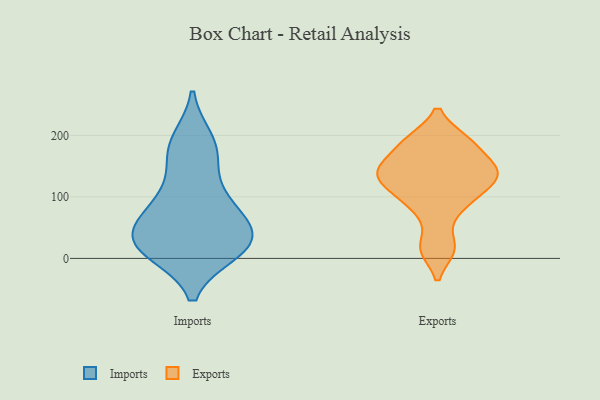
{"axis": {"x": "Waste Production (Tons)", "y": "Value"}, "legend": ["Exports", "Imports"], "data": [{"x": "", "y": 96, "type": "Imports"}, {"x": "", "y": 31, "type": "Imports"}, {"x": "", "y": 13, "type": "Imports"}, {"x": "", "y": 87, "type": "Imports"}, {"x": "", "y": 177, "type": "Imports"}, {"x": "", "y": 21, "type": "Imports"}, {"x": "", "y": 16, "type": "Imports"}, {"x": "", "y": 190, "type": "Imports"}, {"x": "", "y": 42, "type": "Imports"}, {"x": "", "y": 85, "type": "Imports"}, {"x": "", "y": 166, "type": "Imports"}, {"x": "", "y": 29, "type": "Imports"}, {"x": "", "y": 37, "type": "Imports"}, {"x": "", "y": 191, "type": "Exports"}, {"x": "", "y": 74, "type": "Exports"}, {"x": "", "y": 125, "type": "Exports"}, {"x": "", "y": 16, "type": "Exports"}, {"x": "", "y": 153, "type": "Exports"}, {"x": "", "y": 191, "type": "Exports"}, {"x": "", "y": 132, "type": "Exports"}, {"x": "", "y": 142, "type": "Exports"}, {"x": "", "y": 151, "type": "Exports"}, {"x": "", "y": 151, "type": "Exports"}, {"x": "", "y": 122, "type": "Exports"}, {"x": "", "y": 93, "type": "Exports"}, {"x": "", "y": 105, "type": "Exports"}, {"x": "", "y": 192, "type": "Exports"}, {"x": "", "y": 16, "type": "Exports"}]}